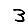
Digit: 3